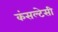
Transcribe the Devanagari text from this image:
कंसल्टेसी